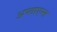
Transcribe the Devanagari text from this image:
अप्लाएन्स